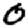
Digit: 0